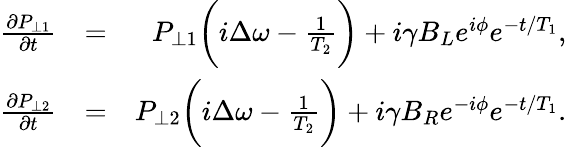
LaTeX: \begin{array}{rlr}{\frac{\partial P_{\perp 1}}{\partial t}}&{=}&{P_{\perp 1}\bigg(i\Delta\omega-\frac{1}{T_{2}}\bigg)+i\gamma B_{L}e^{i\phi}e^{-t/T_{1}},}\\ {\frac{\partial P_{\perp 2}}{\partial t}}&{=}&{P_{\perp 2}\bigg(i\Delta\omega-\frac{1}{T_{2}}\bigg)+i\gamma B_{R}e^{-i\phi}e^{-t/T_{1}}.}\end{array}